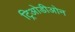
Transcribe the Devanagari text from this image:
ट्रिओडीओन